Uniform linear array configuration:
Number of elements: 12
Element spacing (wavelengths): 0.5
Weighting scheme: hamming
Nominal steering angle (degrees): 60
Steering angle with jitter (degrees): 58.733
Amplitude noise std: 0.05
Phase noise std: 0.05

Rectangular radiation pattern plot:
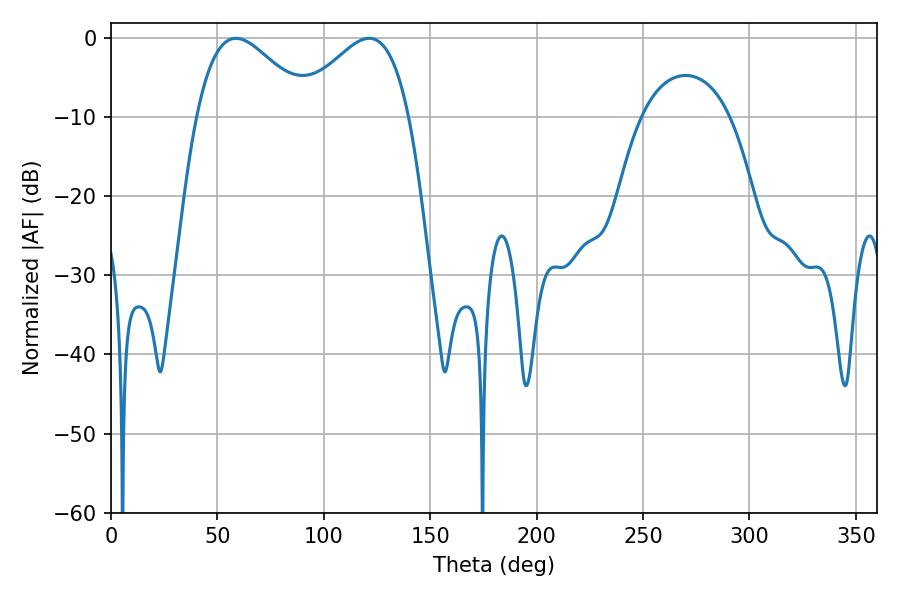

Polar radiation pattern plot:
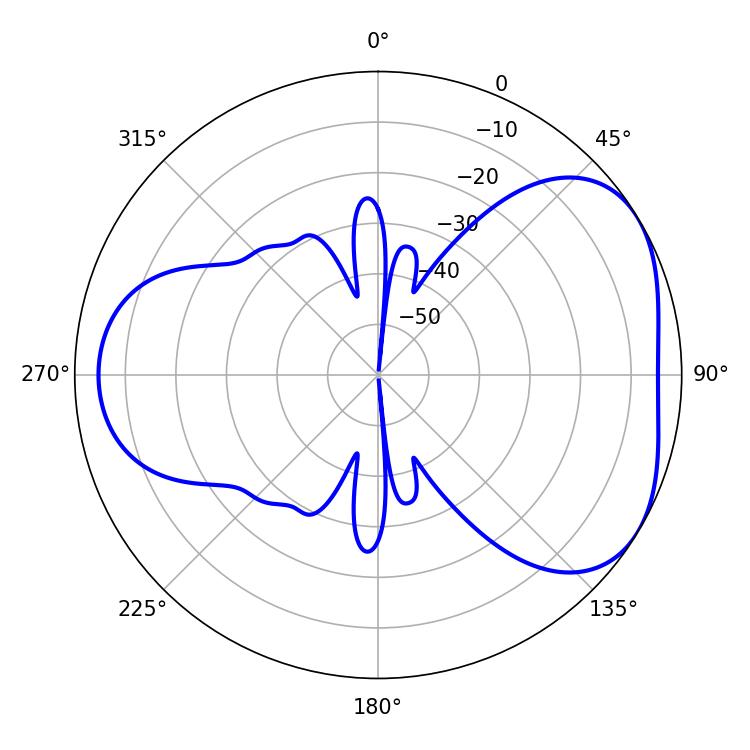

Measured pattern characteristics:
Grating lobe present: FALSE
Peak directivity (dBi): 4.324
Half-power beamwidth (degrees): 28.44
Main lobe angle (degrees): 58.68